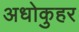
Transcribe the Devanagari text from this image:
अधोकुहर